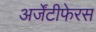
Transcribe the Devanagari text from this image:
अर्जेंटीफेरस